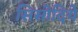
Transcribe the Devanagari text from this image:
सिसोदिये